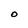
Character: O